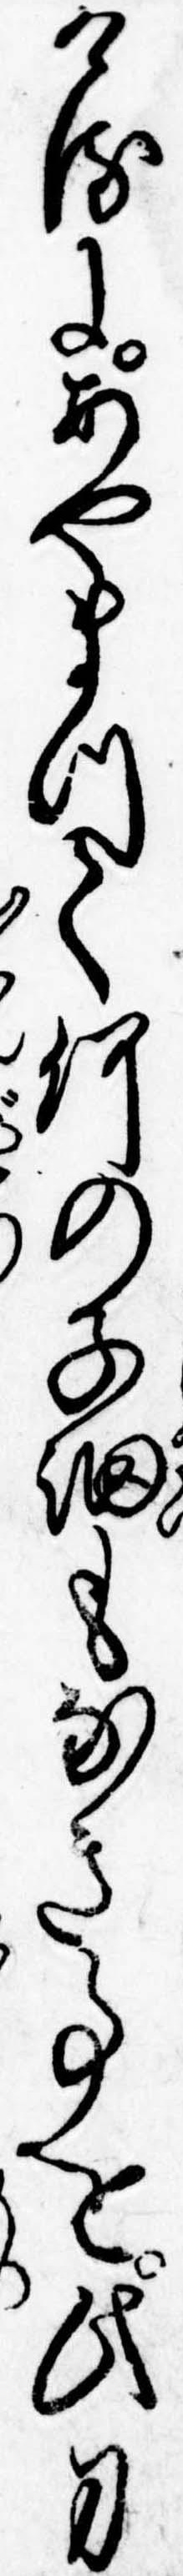
けるにあやまつて何の子細もなき事を此刀